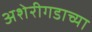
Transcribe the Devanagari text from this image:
अशेरीगडाच्या